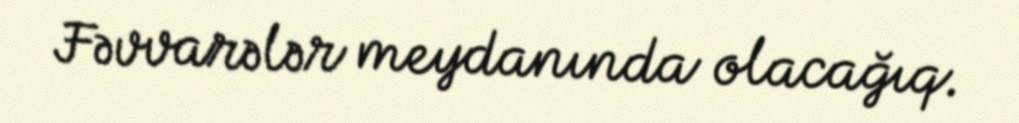
Fəvvarələr meydanında olacağıq.